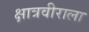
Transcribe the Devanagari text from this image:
क्षात्रवीराला